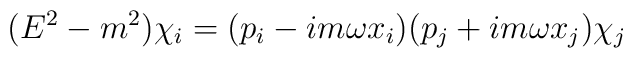
(E^2 -m^2)\chi_i=(p_i -im\omega x_i) (p_j +im\omega x_j)\chi_j